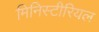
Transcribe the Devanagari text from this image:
मिनिस्टीरियल